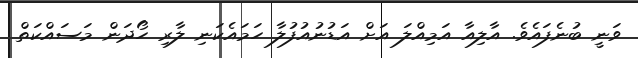
ވަނީ ބުނެފައެވެ. އާލިއާ އަމިއްލަ އަށް އަޑުނުއުފުލާ ހަމައެކަނި ލާރި ހޯދަން މަސައްކަތް